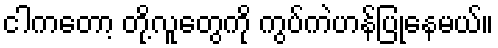
ငါကတော့ တို့လူတွေကို ကွပ်ကဲဟန်ပြုနေမယ်။